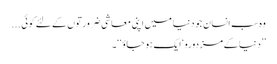
وہ سب انسان جو دنیا میں اپنی معاشی ضرورتوں کے لئے کوئی ...
’’دنیا کے مزدورو‘ ایک ہو جاؤ‘ ‘۔